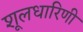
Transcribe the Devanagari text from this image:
शूलधारिणी